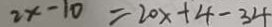
2 x - 1 0 = 2 0 x + 4 - 3 4